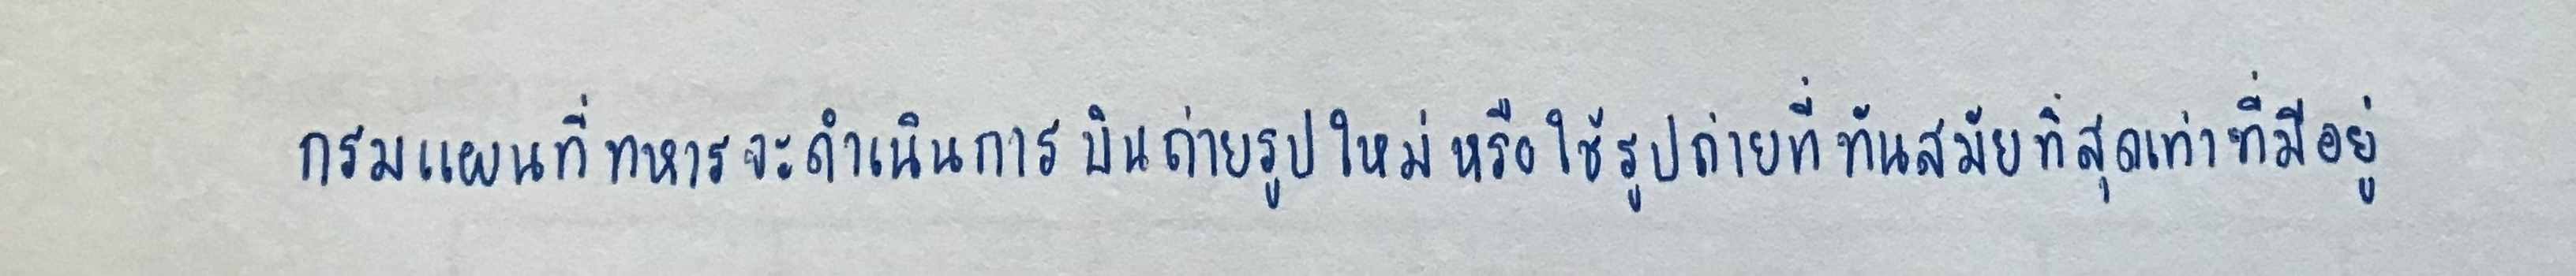
กรมแผนที่ทหารจะดำเนินการบินถ่ายรูปใหม่หรือใช้รูปถ่ายที่ทันสมัยที่สุดเท่าที่มีอยู่